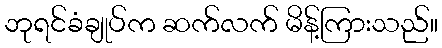
ဘုရင်ခံချုပ်က ဆက်လက် မိန့်ကြားသည်။